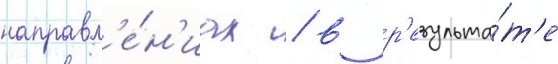
направл'е́н'иах / в р'езульта́т'е